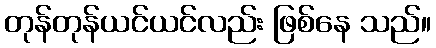
တုန်တုန်ယင်ယင်လည်း ဖြစ်နေ သည်။